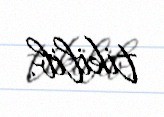
tikilib.